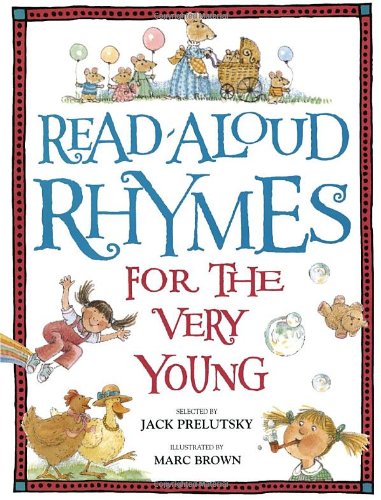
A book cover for Read-Aloud Rhymes for the Very Young; Children's Books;